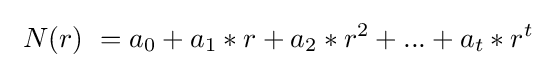
\ N(r)\ =a_{0}+a_{1}*r+a_{2}*r^{2}+...+a_{t}*r^{t}